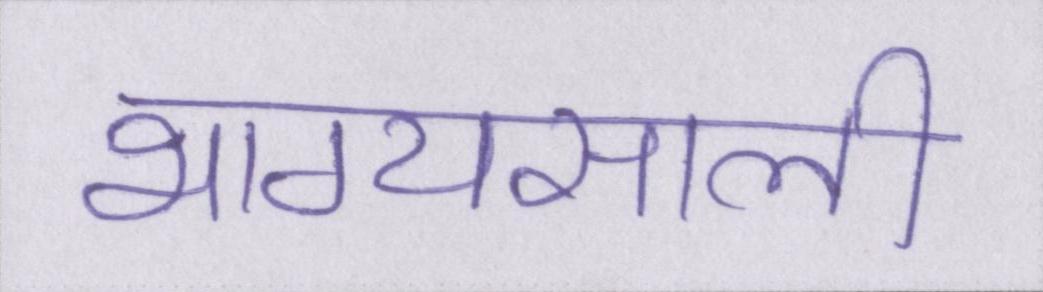
भाग्यसाली